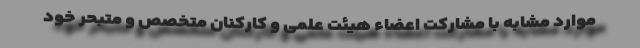
موارد مشابه با مشارکت اعضاء هیئت علمی و کارکنان متخصص و متبحر خود